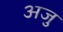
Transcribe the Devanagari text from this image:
अजु